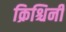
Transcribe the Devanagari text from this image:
क्रिश्चिनी